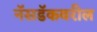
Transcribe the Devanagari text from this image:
नॅसडॅकवरील